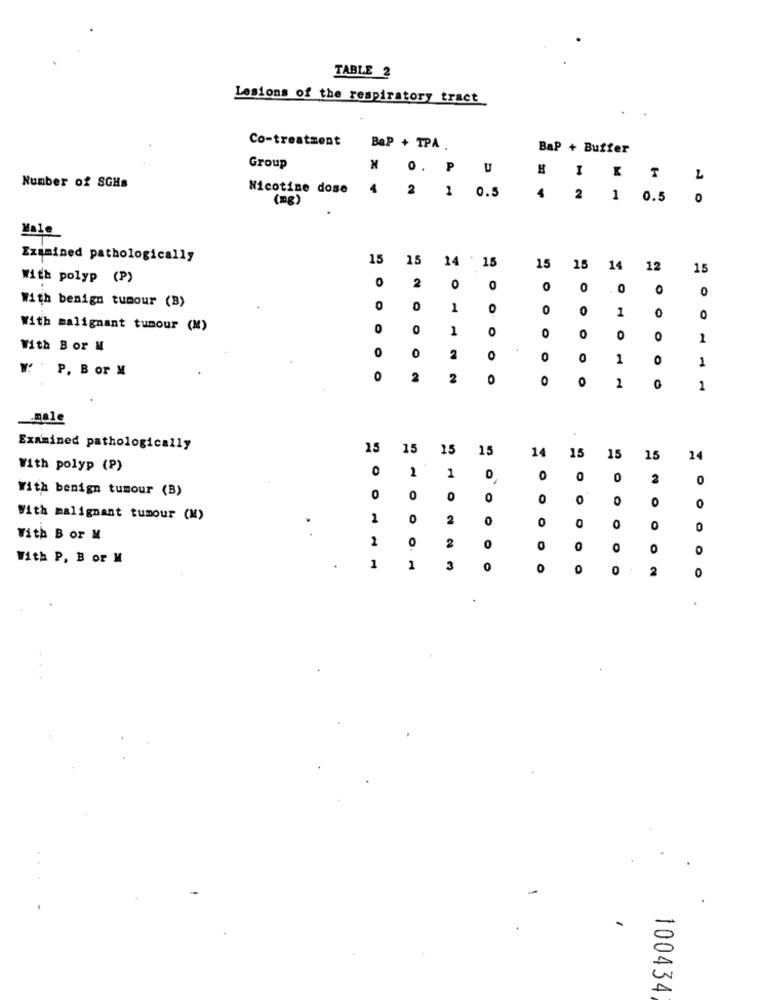
TABLE 2
Lesions of the respiratory tract
Co-treatment
BaP + TPA .
BaP + Buffer
Group
NO. P
U
I
L
Number of SGHs
Nicotine dose
4
2
1
0.5
(mg)
2
1
0.5
0
Male
Examined pathologically
15
15
14
1.
15
15
14
12
15
With polyp (P)
0
2
0
0
0
0
0
0
With benign tumour (B)
0
0
1
0
0
0
1
0
O
With malignant tumour (M)
0
0
1
0
0
0
0
1
With Bor M
0
O
2
O
0
0
1
0
1
W:P. B or M
0
2
2
0
O
O
2
0
1
_male
Examined pathologically
15
15
15
15
14
15
15
15
14
With polyp (P)
O
2
1
0
0
0
2
0
With benign tumour (B)
0
0
0
0
0
0
0
0
With malignant tumour (M)
1
O
2
0
0
0
O
0
0
With B or M
2
0
2
0
0
0
0
With P. B or M
1
1
3
O
O
0
2
0
100434